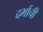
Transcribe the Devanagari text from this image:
दर्भाची